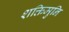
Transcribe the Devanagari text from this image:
शक्तिमुनि